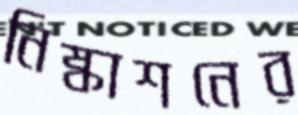
নিষ্কাশনের